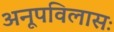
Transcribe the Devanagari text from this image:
अनूपविलासः